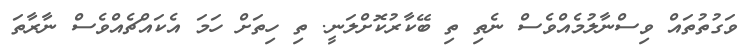
ވަގުތުތައް ވިސްނާލުމެއްވެސް ނެތި ތި ބޭކާރުކޮށްލަނީ. ތި ހިތަށް ހަމަ އެކައްޗެއްވެސް ނާރާތަ